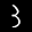
Digit: 3